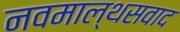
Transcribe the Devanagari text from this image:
नवमाल्थसवाद